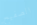
الصفيح